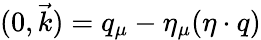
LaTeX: (0,\vec{k})=q_{\mu}-\eta_{\mu}(\eta\cdot q)